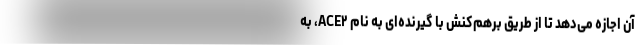
آن اجازه‌ می‌دهد تا از طریق برهم‌کنش با گیرنده‌ای به نام ACE۲، به